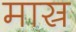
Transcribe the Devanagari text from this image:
मास्र